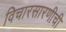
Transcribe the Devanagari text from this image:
विचारसारणीची